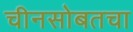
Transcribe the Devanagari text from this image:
चीनसोबतचा